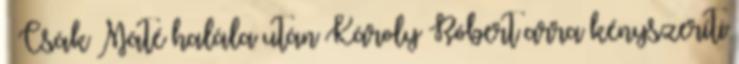
– Csák Máté halála után Károly Róbert arra kényszeríti